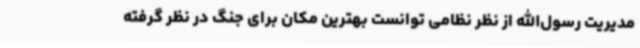
مدیریت رسول‌الله از نظر نظامی توانست بهترین مکان برای جنگ در نظر گرفته